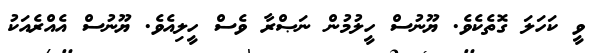
ވީ ކަހަލަ ގޮތެކެވެ. ޔޫނުސް ހީލުމުން ނަޞްރާ ވެސް ހީލިއެވެ. ޔޫނުސް އެއްރެއަކު